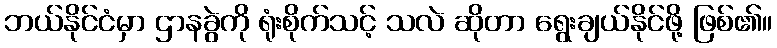
ဘယ်နိုင်ငံမှာ ဌာနခွဲကို ရုံးစိုက်သင့် သလဲ ဆိုတာ ရွေးချယ်နိုင်ဖို့ ဖြစ်၏။